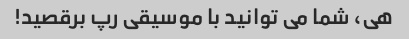
هی، شما می توانید با موسیقی رپ برقصید!